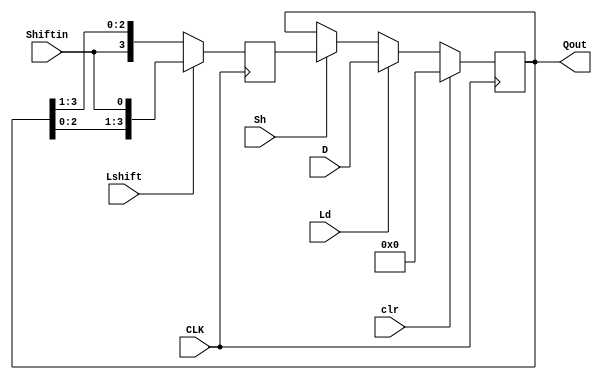
module shift_reg (D, Qout,Lshift,CLK,clr, Ld, Sh, Shiftin);
parameter N = 4;
output[N:1] Qout;//paralle output
input[N:1] D;//paralle input
input CLK,clr;
input Ld;//parallel load
input Sh;//shift enable
input Shiftin,Lshift;
reg[N:1] Q;
reg[N:1] shifter;
assign Qout = Q ;
//Left and right shift stored in shifter register
always@(posedge CLK)
begin
if(Lshift)
shifter = {Q[N - 1:1], Shiftin} ; //left shift register
else
shifter = {Shiftin, Q[N:2]} ; //right shift register
end
always @(posedge CLK)
begin
if(clr)
Q<=4'b0000;
else if (Ld == 1'b1)
begin
Q <= D ; //parallel load
end
else if (Sh == 1'b1) //shift enabled
begin
Q <= shifter ;
end
end
endmodule